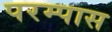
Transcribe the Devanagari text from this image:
परम्पास